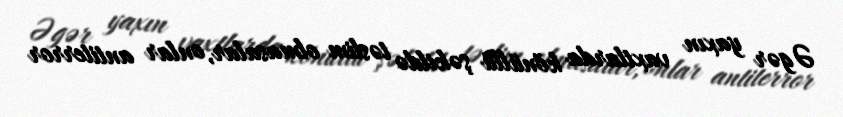
Əgər yaxın vaxtlarda könüllü şəkildə təslim olmasalar, onlar antiterror